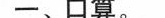
一、口算。